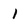
Character: l